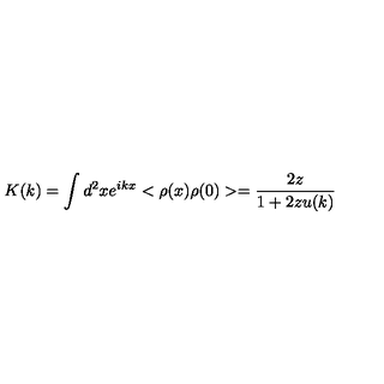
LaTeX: K ( k ) = \int d ^ { 2 } x e ^ { i k x } < \rho ( x ) \rho ( 0 ) > = \frac { 2 z } { 1 + 2 z u ( k ) }